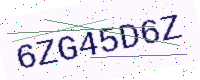
Text: 6ZG45D6Z